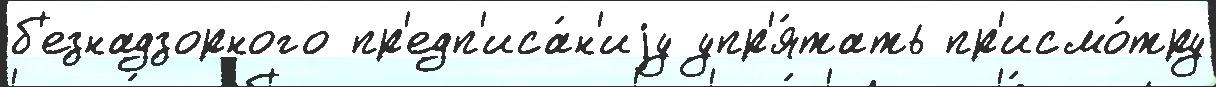
б'езнадзорного пр'едп'иса́н'иjу упр'я́тать пр'исмо́тру